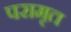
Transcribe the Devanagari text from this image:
परामृत